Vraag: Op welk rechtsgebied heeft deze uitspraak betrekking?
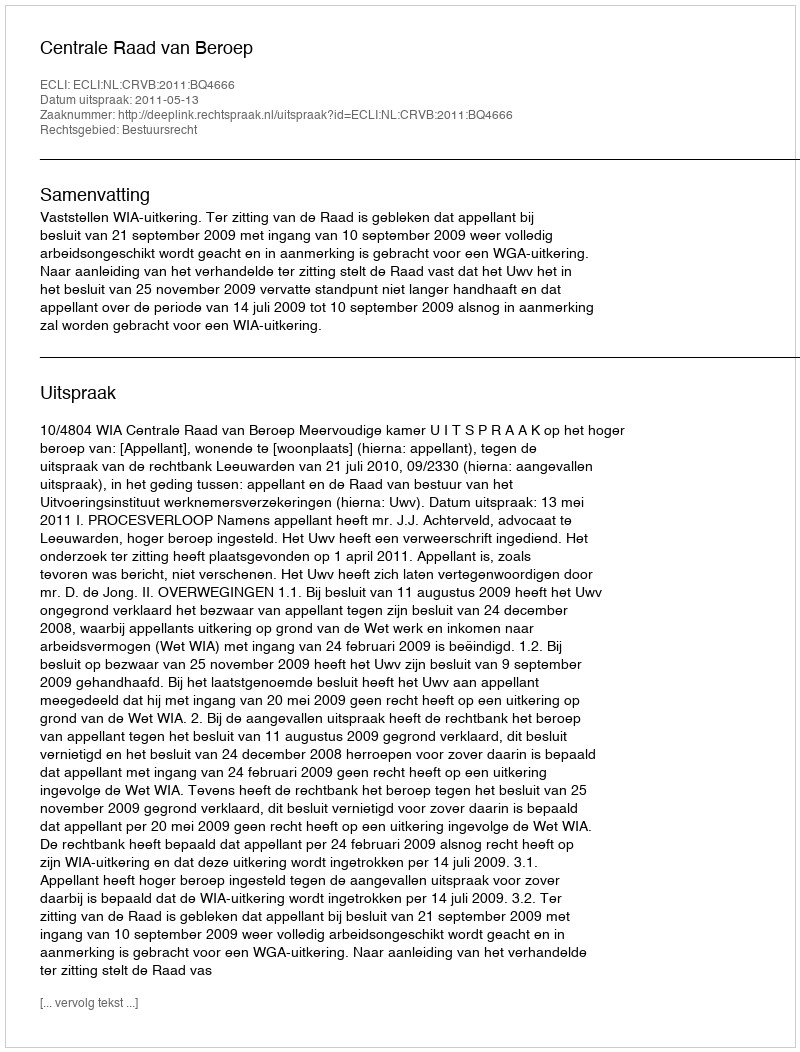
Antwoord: Bestuursrecht